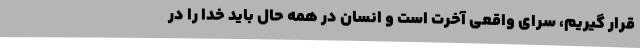
قرار گیریم، سرای واقعی آخرت است و انسان در همه حال باید خدا را در